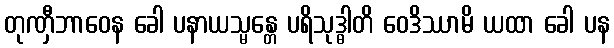
တုဏှီဘာဝေန ခေါ ပနာယသ္မန္တေ ပရိသုဒ္ဓါတိ ဝေဒိဿာမိ ယထာ ခေါ ပန